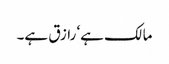
مالک ہے‘ رازق ہے۔